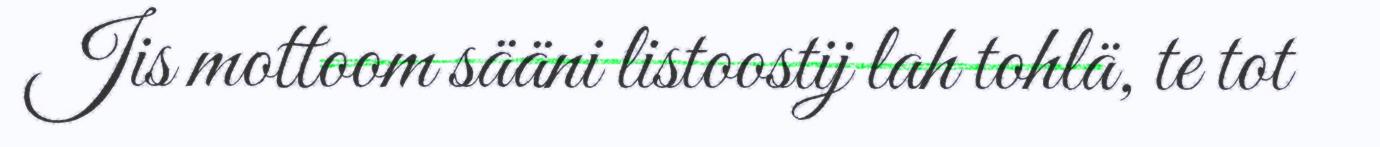
Jis mottoom sääni listoostij lah tohlä, te tot